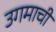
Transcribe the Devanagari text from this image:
उगमाची